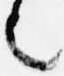
言